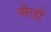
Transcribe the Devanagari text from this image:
सेतों